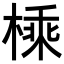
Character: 𪳕